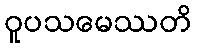
ဝူပသမေဿတိ